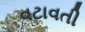
વટાવતી